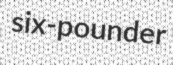
six-pounder